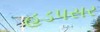
હડપસર